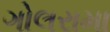
ગોલરામા